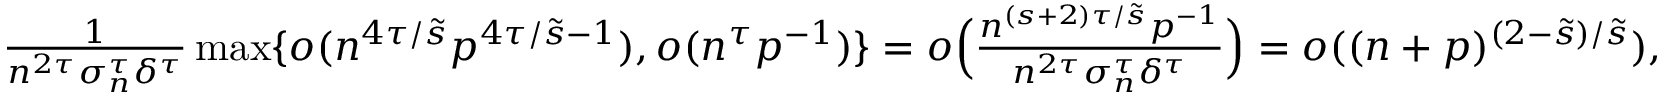
\begin{array} { r l } & { \frac { 1 } { n ^ { 2 \tau } \sigma _ { n } ^ { \tau } \delta ^ { \tau } } \operatorname* { m a x } \{ o ( n ^ { 4 \tau / \tilde { s } } p ^ { 4 \tau / \tilde { s } - 1 } ) , o ( n ^ { \tau } p ^ { - 1 } ) \} = o \Big ( \frac { n ^ { ( s + 2 ) \tau / \tilde { s } } p ^ { - 1 } } { n ^ { 2 \tau } \sigma _ { n } ^ { \tau } \delta ^ { \tau } } \Big ) = o ( ( n + p ) ^ { ( 2 - \tilde { s } ) / \tilde { s } } ) , } \end{array}